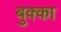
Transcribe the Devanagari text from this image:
बुक्‍का